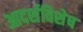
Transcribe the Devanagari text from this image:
आदर्शविशेष